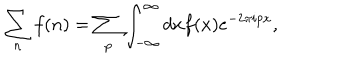
\sum _ { n } f ( n ) = \sum _ { p } \int _ { - \infty } ^ { \infty } d x f ( x ) e ^ { - 2 \pi i p x } ,